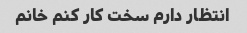
انتظار دارم سخت کار کنم خانم